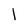
Character: l